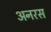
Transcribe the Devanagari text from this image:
अनरस